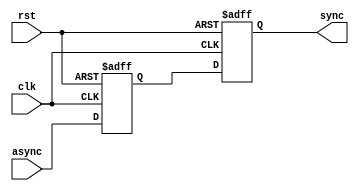
module Multi_Flop_Synchronizer #(
    parameter NUM_STAGES =2 
) (
    input  wire  async,
    input  wire  clk  ,
    input  wire  rst  ,
    output reg   sync
);
reg [NUM_STAGES-2:0] Q  ;
    always @(posedge clk or negedge rst) begin
        if (!rst) begin
            {sync,Q}<='b0;
        end else begin
            {sync,Q}<={Q[NUM_STAGES-2:0],async};
        end
    end

endmodule

module Multi_Flop_Synchronizer_Multi_bits #(
    parameter NUM_STAGES =2,BUS_WIDTH=5
) (
    input  wire [BUS_WIDTH-1:0] ASYNC,
    input  wire  CLK  ,
    input  wire  RST  ,
    output wire  [BUS_WIDTH-1:0] SYNC
);
genvar i;

    generate
        for (i =0 ;i<=BUS_WIDTH-1; i=i+1 ) begin
            Multi_Flop_Synchronizer #(.NUM_STAGES(NUM_STAGES)) u0  (.async(ASYNC[i]),.clk(CLK),.rst(RST),.sync(SYNC[i])) ;
        end

    endgenerate
        

endmodule